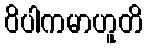
ဝိပါကမာဟူတိ